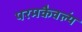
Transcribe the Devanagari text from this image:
परमकैवल्यं